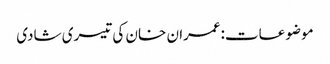
موضوعات:عمران خان کی تیسری شادی